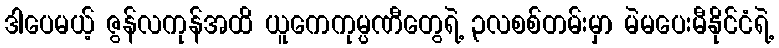
ဒါပေမယ့် ဇွန်လကုန်အထိ ယူကေကုမ္ပဏီတွေရဲ့ ၃လစစ်တမ်းမှာ မဲမပေးမီနိုင်ငံရဲ့